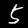
Label: 5